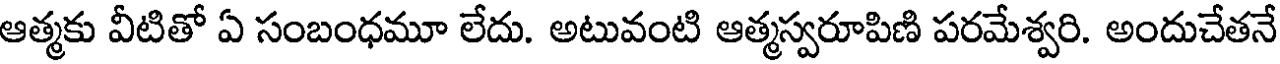
ఆత్మకు వీటితో ఏ సంబంధమూ లేదు. అటువంటి ఆత్మస్వరూపిణి పరమేశ్వరి. అందుచేతనే